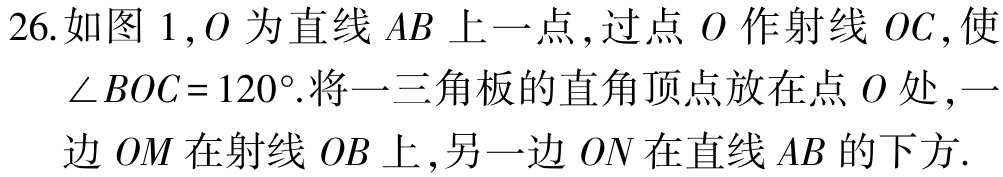
26.如图 1,$O$为直线$AB$上一点,过点$O$作射线$OC$,使$\angle BOC = 120^{\circ}$.将一三角板的直角顶点放在点$O$处,一边$OM$在射线$OB$上,另一边$ON$在直线$AB$的下方.